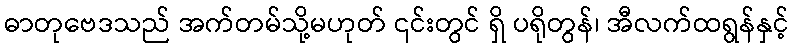
ဓာတုဗေဒသည် အက်တမ်သို့မဟုတ် ၎င်းတွင် ရှိ ပရိုတွန်၊ အီလက်ထရွန်နှင့်